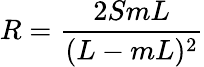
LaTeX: R=\frac{2SmL}{(L-mL)^{2}}